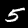
Digit: 5